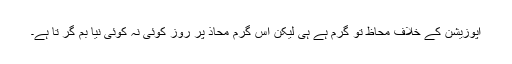
اپوزیشن کے خلاف محاظ تو گرم ہے ہی لیکن اس گرم محاذ پر روز کوئی نہ کوئی نیا بم گر تا ہے۔